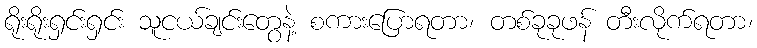
ရိုးရိုးရှင်းရှင်း သူငယ်ချင်းတွေနဲ့ စကားပြောရတာ၊ တစ်ခုခုဖန် တီးလိုက်ရတာ၊